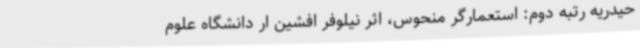
حیدریه رتبه دوم: استعمارگر منحوس، اثر نیلوفر افشین ار دانشگاه علوم